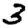
Digit: 3